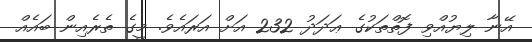
އޭނާ ލިޔުއްވި ފޮތްތަކުގެ ޢަދަދު 232 އަށް އަރައެވެ. މީގެ ތެރެއިން ބައެއް